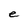
Character: e